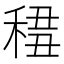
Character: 𥟷